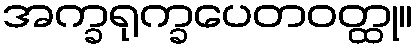
အက္ခရုက္ခပေတဝတ္ထု။